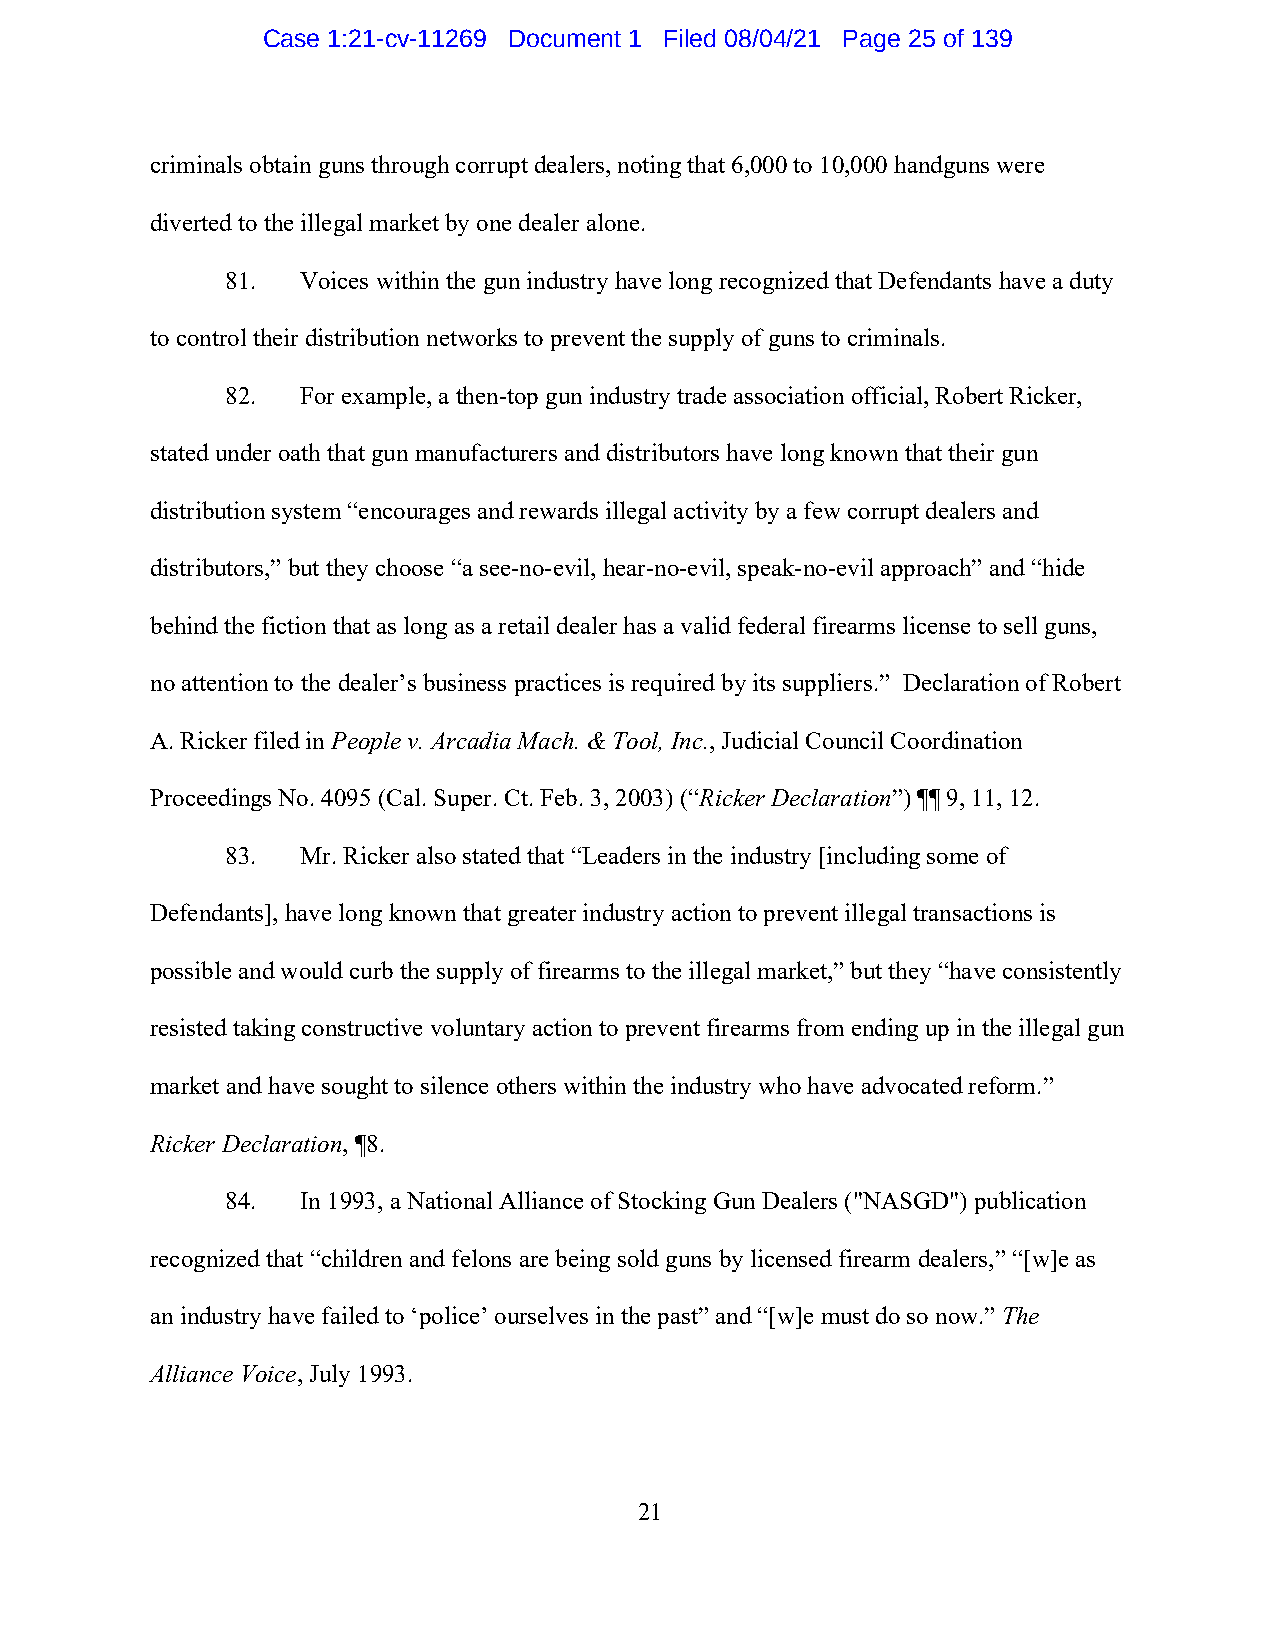
Case 1:21-cv-11269 Document 1 Filed 08/04/21 Page 25 of 139
 criminals obtain guns through corrupt dealers, noting that 6,000 to 10,000 handguns were
 diverted to the illegal market by one dealer alone.
 81.  Voices within the gun industry have long recognized that Defendants have a duty
 to control their distribution networks to prevent the supply of guns to criminals.
 82.  For example, a then-top gun industry trade association official, Robert Ricker,
 stated under oath that gun manufacturers and distributors have long known that their gun
 distribution system “encourages and rewards illegal activity by a few corrupt dealers and
 distributors,” but they choose “a see-no-evil, hear-no-evil, speak-no-evil approach” and “hide
 behind the fiction that as long as a retail dealer has a valid federal firearms license to sell guns,
 no attention to the dealer’s business practices is required by its suppliers.” Declaration of Robert
 A. Ricker filed in People v. Arcadia Mach. & Tool, Inc., Judicial Council Coordination
 Proceedings No. 4095 (Cal. Super. Ct. Feb. 3, 2003) (“Ricker Declaration”) ¶¶ 9, 11, 12.
 83.  Mr. Ricker also stated that “Leaders in the industry [including some of
 Defendants], have long known that greater industry action to prevent illegal transactions is
 possible and would curb the supply of firearms to the illegal market,” but they “have consistently
 resisted taking constructive voluntary action to prevent firearms from ending up in the illegal gun
 market and have sought to silence others within the industry who have advocated reform.”
 Ricker Declaration, ¶8.
 84.  In 1993, a National Alliance of Stocking Gun Dealers ("NASGD") publication
 recognized that “children and felons are being sold guns by licensed firearm dealers,” “[w]e as
 an industry have failed to ‘police’ ourselves in the past” and “[w]e must do so now.” The
 Alliance Voice, July 1993.
 21